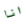
انا